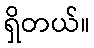
ရှိတယ်။